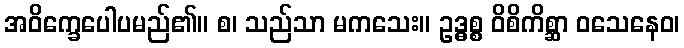
အဝိက္ခေပေါပမည်၏။ စ၊ သည်သာ မကသေး။ ဥဒ္ဓစ္စ ဝိစိကိစ္ဆာ ဝသေနေဝ၊